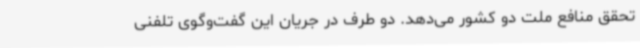
تحقق منافع ملت دو کشور می‌دهد. دو طرف در جریان این گفت‌وگوی تلفنی